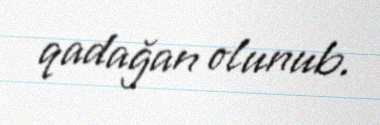
qadağan olunub.